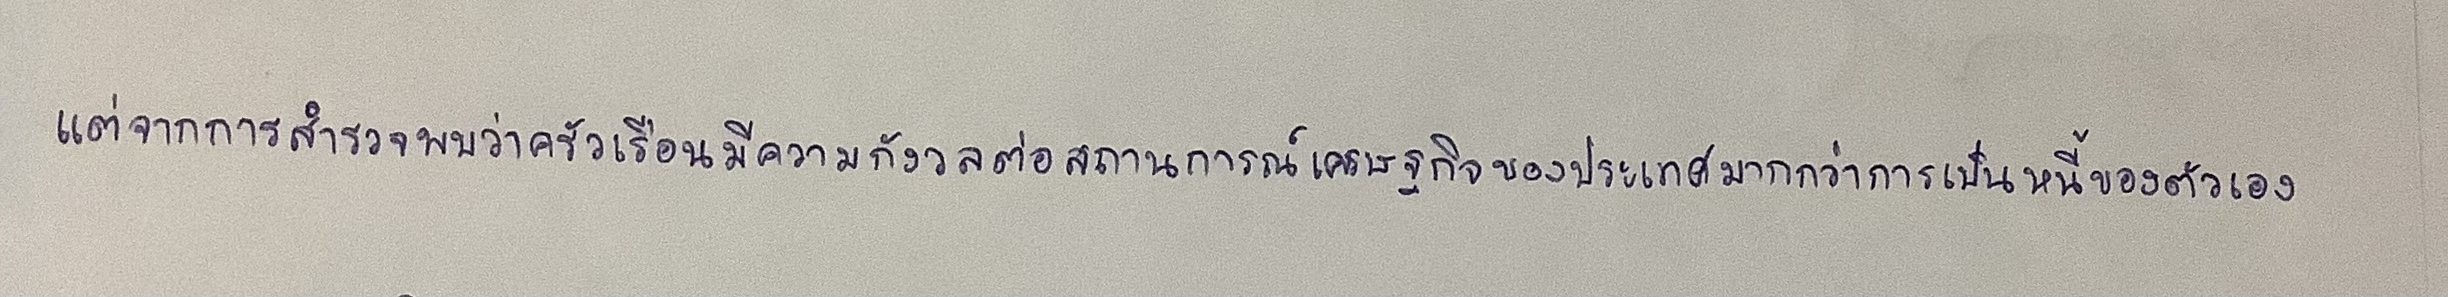
แต่จากการสำรวจพบว่าครัวเรือนมีความกังวลต่อสถานการณ์เศรษฐกิจของประเทศมากกว่าการเป็นหนี้ของตัวเอง